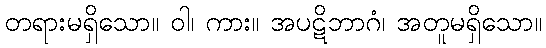
တရားမရှိသော။ ဝါ၊ ကား။ အပဋိဘာဂံ၊ အတူမရှိသော။